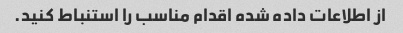
از اطلاعات داده شده اقدام مناسب را استنباط کنید.